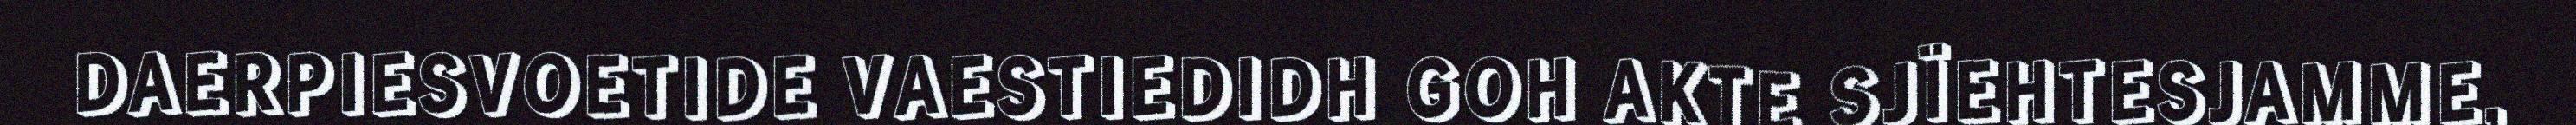
DAERPIESVOETIDE VAESTIEDIDH GOH AKTE SJÏEHTESJAMME,